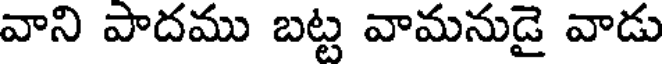
వాని పాదము బట్ట వామనుడై వాడు